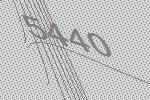
5440